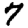
Digit: 7